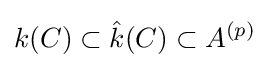
k(C)\subset {\hat {k}}(C)\subset A^{(p)}\